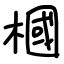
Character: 槶